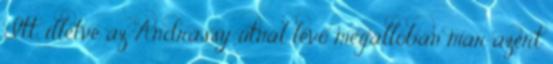
Itt, illetve az Andrássy útnál lévő megállóban már azért